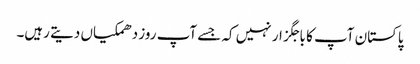
پاکستان آپ کا باجگزار نہیں کہ جسے آپ روز دھمکیاں دیتے رہیں۔